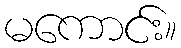
မကောင်း။